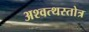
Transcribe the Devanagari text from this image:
अश्वत्थस्तोत्र